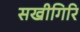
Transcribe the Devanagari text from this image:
सखीगिरि